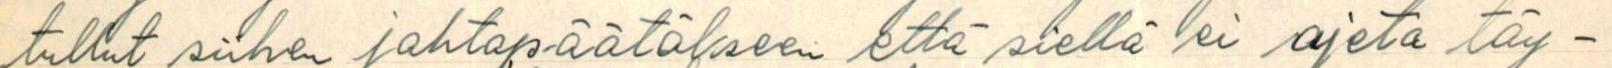
tullut siihen johtopäätökseen että siellä ei ajeta täy-